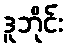
ဒူဘိုင်း